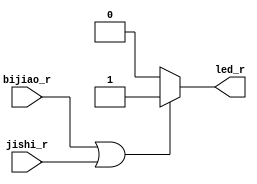
`timescale 1ns / 1ps
//////////////////////////////////////////////////////////////////////////////////
// Company: 
// Engineer: 
// 
// Design Name: 
// Module Name: check_r
// Project Name: 
// Target Devices: 
// Tool Versions: 
// Description: 
// 
// Dependencies: 
// 
// Revision:
// Revision 0.01 - File Created
// Additional Comments:
// 
//////////////////////////////////////////////////////////////////////////////////

module check_r(input bijiao_r, jishi_r,
               output reg led_r);
initial
begin
    led_r = 0;
end

always@(*)
begin
    if(bijiao_r || jishi_r) led_r = 1;
    else led_r = 0;
end
endmodule